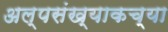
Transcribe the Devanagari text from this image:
अल्पसंख्याकच्या